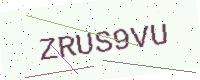
Text: ZRUS9VU